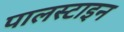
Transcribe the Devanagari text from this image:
पालस्टाइन